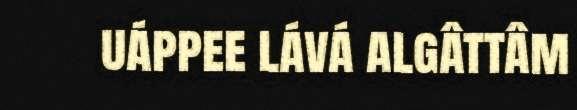
uáppee lává algâttâm